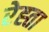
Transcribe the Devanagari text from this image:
रेह्ता